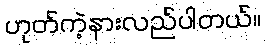
ဟုတ်ကဲ့နားလည်ပါတယ်။